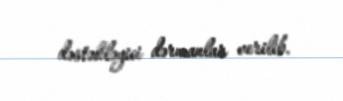
dəstəkləyici dərmanlar verilib.